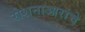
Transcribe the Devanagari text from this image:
रोशनाआरांचे